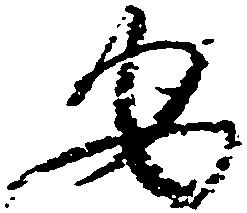
安